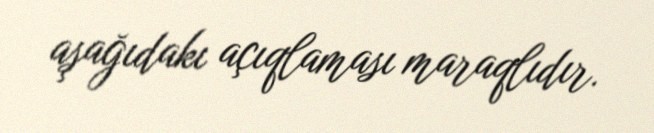
aşağıdakı açıqlaması maraqlıdır.